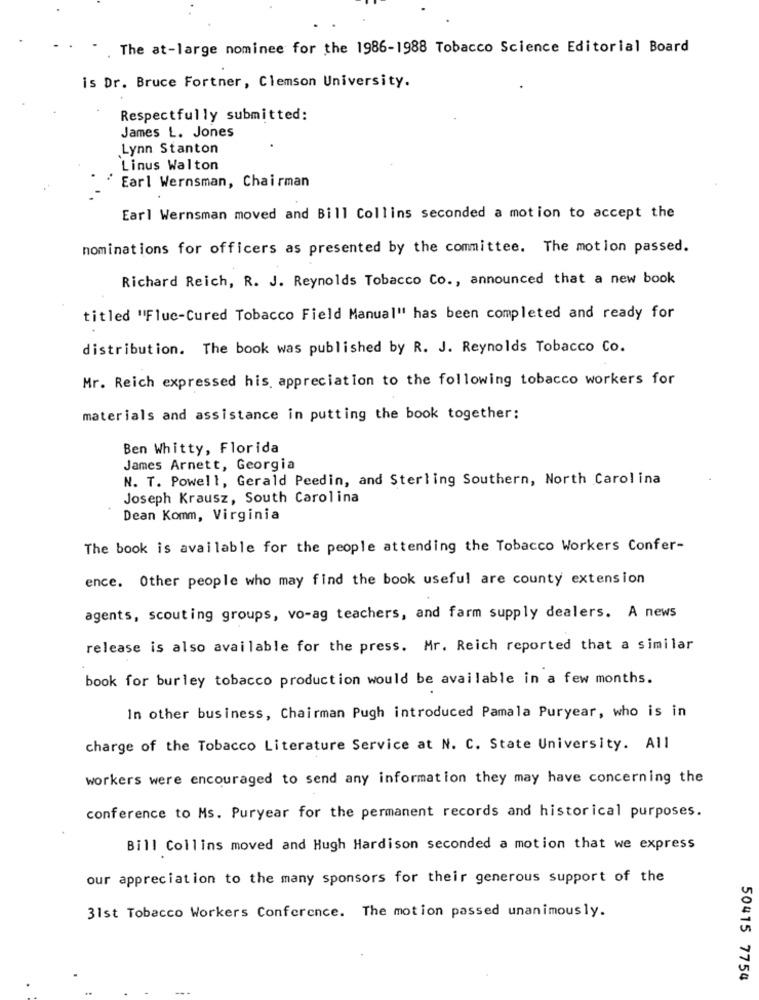
The at-large nominee for the 1986-1988 Tobacco Science Editorial Board
is Dr. Bruce Fortner, Clemson University.
Respectfully submitted:
James L. Jones
Lynn Stanton
Linus Walton
Earl Wernsman, Chairman
Earl Wernsman moved and Bill Collins seconded a motion to accept the
nominations for officers as presented by the committee. The motion passed.
Richard Reich, R. J. Reynolds Tobacco Co ., announced that a new book
titled "Fluc-Cured Tobacco Field Manual" has been completed and ready for
distribution. The book was published by R. J. Reynolds Tobacco Co.
Mr. Reich expressed his appreciation to the following tobacco workers for
materials and assistance in putting the book together:
Ben Whitty, Florida
James Arnett, Georgia
N. T. Powell, Gerald Peedin, and Sterling Southern, North Carolina
Joseph Krausz, South Carolina
Dean Komm, Virginia
The book is available for the people attending the Tobacco Workers Confer-
ence. Other people who may find the book useful are county extension
agents, scouting groups, vo-ag teachers, and farm supply dealers. A news
release is also available for the press. Mr. Reich reported that a similar
book for burley tobacco production would be available in a few months.
In other business, Chairman Pugh introduced Pamala Puryear, who is in
charge of the Tobacco Literature Service at N. C. State University. All
workers were encouraged to send any information they may have concerning the
conference to Ms. Puryear for the permanent records and historical purposes.
Bill Collins moved and Hugh Hardison seconded a motion that we express
our appreciation to the many sponsors for their generous support of the
31st Tobacco Workers Conference. The motion passed unanimously.
50415 7754